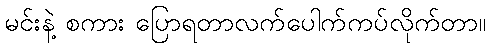
မင်းနဲ့ စကား ပြောရတာလက်ပေါက်ကပ်လိုက်တာ။